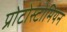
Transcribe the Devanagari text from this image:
प्रोटोस्टोमियन